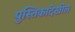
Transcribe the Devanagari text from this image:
पुस्तिकादेखील